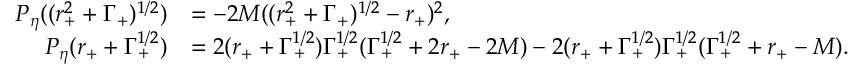
\begin{array} { r l } { P _ { \eta } ( ( r _ { + } ^ { 2 } + \Gamma _ { + } ) ^ { 1 / 2 } ) } & { = - 2 M ( ( r _ { + } ^ { 2 } + \Gamma _ { + } ) ^ { 1 / 2 } - r _ { + } ) ^ { 2 } , } \\ { P _ { \eta } ( r _ { + } + \Gamma _ { + } ^ { 1 / 2 } ) } & { = 2 ( r _ { + } + \Gamma _ { + } ^ { 1 / 2 } ) \Gamma _ { + } ^ { 1 / 2 } ( \Gamma _ { + } ^ { 1 / 2 } + 2 r _ { + } - 2 M ) - 2 ( r _ { + } + \Gamma _ { + } ^ { 1 / 2 } ) \Gamma _ { + } ^ { 1 / 2 } ( \Gamma _ { + } ^ { 1 / 2 } + r _ { + } - M ) . } \end{array}